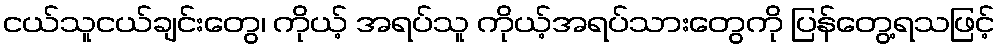
ငယ်သူငယ်ချင်းတွေ၊ ကိုယ့် အရပ်သူ ကိုယ့်အရပ်သားတွေကို ပြန်တွေ့ရသဖြင့်